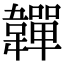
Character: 𩏥